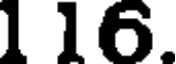
1 16.